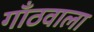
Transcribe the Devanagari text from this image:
गाँठवाला